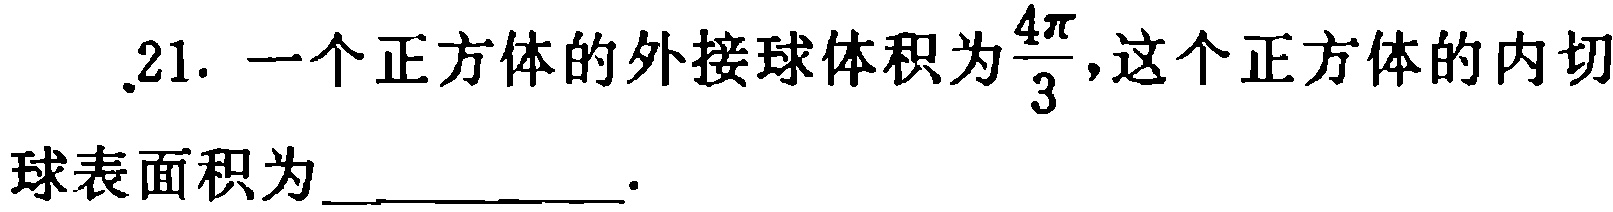
21. 一个正方体的外接球体积为$\frac{4\pi}{3}$,这个正方体的内切球表面积为___.